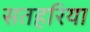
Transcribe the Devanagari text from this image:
सतहरिया